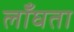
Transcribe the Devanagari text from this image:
लाँघता